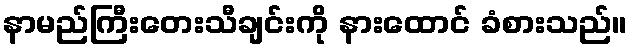
နာမည်ကြီးတေးသီချင်းကို နားထောင် ခံစားသည်။